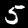
Label: 5